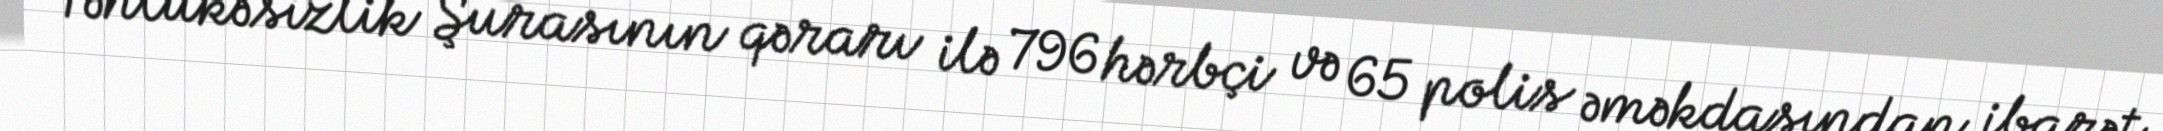
Təhlükəsizlik Şurasının qərarı ilə 796 hərbçi və 65 polis əməkdaşından ibarət